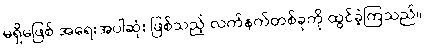
မရှိမဖြစ် အရေးအပါဆုံး ဖြစ်သည့် လက်နက်တစ်ခုကို ထွင်ခဲ့ကြသည်။